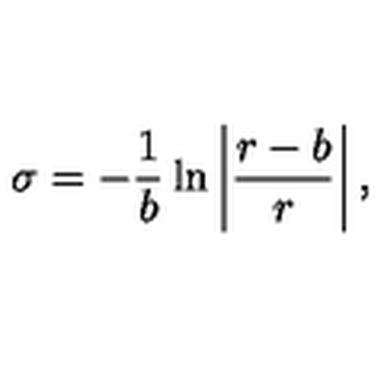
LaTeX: \sigma = - \frac { 1 } { b } \ln \left| \frac { r - b } { r } \right| ,